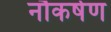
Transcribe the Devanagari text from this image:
नौकर्षण